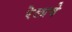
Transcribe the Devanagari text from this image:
रेलावे